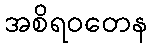
အစိရဝတေန